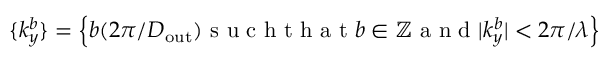
\{ k _ { y } ^ { b } \} = \left\{ b ( 2 \pi / D _ { \mathrm { o u t } } ) \mathrm { ~ s ~ u ~ c ~ h ~ t ~ h ~ a ~ t ~ } b \in \mathbb { Z } \mathrm { ~ a ~ n ~ d ~ } | k _ { y } ^ { b } | < 2 \pi / \lambda \right\}